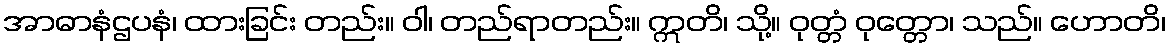
အာဓာနံဌပနံ၊ ထားခြင်း တည်း။ ဝါ၊ တည်ရာတည်း။ ဣတိ၊ သို့။ ဝုတ္တံ ဝုတ္တော၊ သည်။ ဟောတိ၊